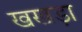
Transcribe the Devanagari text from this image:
खखड़ा